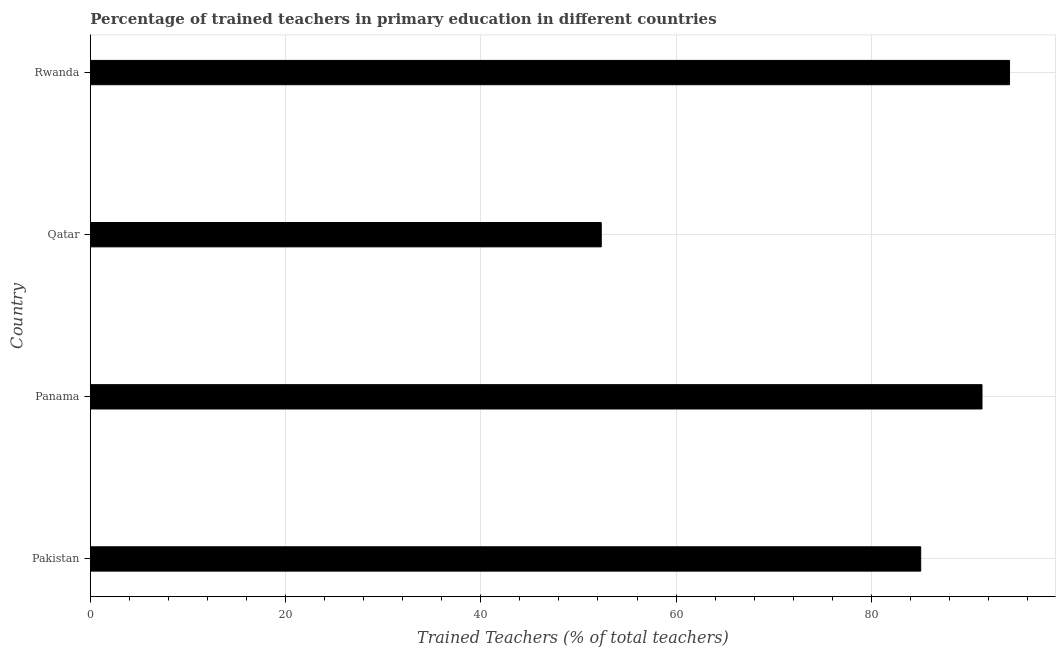
| Country | Trained teacher |
 | --- | --- |
 | Pakistan | 85.1 |
 | Panama | 91.3 |
 | Qatar | 52.3 |
 | Rwanda | 94.2 |